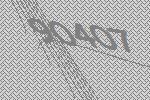
90407